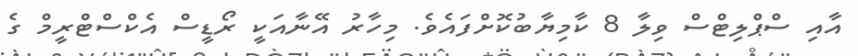
އާއި ސްޕްލިޓްސް ވިލާ 8 ކާމިޔާބުކޮށްފައެވެ. މިހާރު އޭނާއަކީ ރޯޑީސް އެކްސްޓްރީމް ގެ